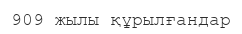
909 жылы құрылғандар